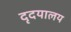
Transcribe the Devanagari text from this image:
दृदयालय